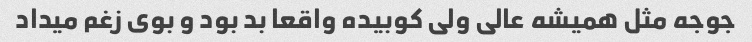
جوجه مثل همیشه عالی ولی کوبیده واقعا بد بود و بوی زغم میداد